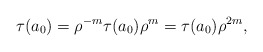
\begin{align*} \tau(a_0) = \rho^{-m}\tau(a_0)\rho^{m} = \tau(a_0)\rho^{2m}, \end{align*}